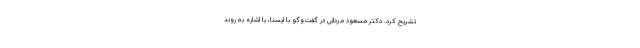
تشریح کرد. دکتر مسعود مردانی در گفت‌وگو با ایسنا، با اشاره به روند